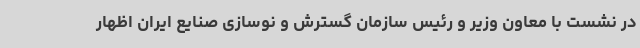
در نشست با معاون وزیر و رئیس سازمان گسترش و نوسازی صنایع ایران اظهار